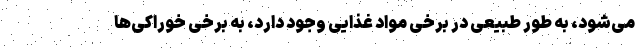
می‌شود، به طور طبیعی در برخی مواد غذایی وجود دارد، به برخی خوراکی‌ها